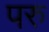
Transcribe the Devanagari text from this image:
परु